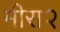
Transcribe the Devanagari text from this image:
मीरा२